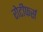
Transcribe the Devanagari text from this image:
रोटीफर्स